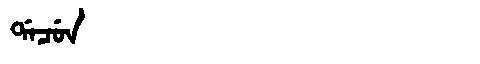
Manchu: ᡩᠠᠴᡠᠨ
Romanization: DACUN